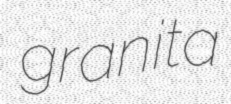
granita